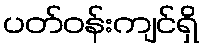
ပတ်ဝန်းကျင်ရှိ